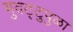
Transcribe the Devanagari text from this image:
मुवट्टुपुळा